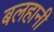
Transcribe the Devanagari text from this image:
बलहानी